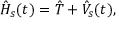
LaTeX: { \hat { H } } _ { s } ( t ) = { \hat { T } } + { \hat { V } } _ { s } ( t ) ,